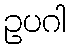
ဥပဂါ